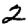
Digit: 2